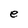
Character: e